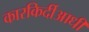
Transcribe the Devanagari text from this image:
कारकिर्दीआधी